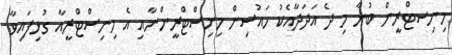
މިނިސޓްރީން ބުނާ މި ދެ އަދަދާއެކު ހައުސިން މިނިސްޓްރީންނާއި އެ މިނިސްޓްރީއާ ގުޅިފައިވާ